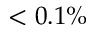
< 0 . 1 \%